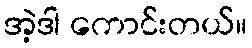
အဲ့ဒါ ကောင်းတယ်။